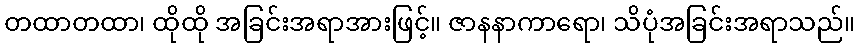
တထာတထာ၊ ထိုထို အခြင်းအရာအားဖြင့်။ ဇာနနာကာရော၊ သိပုံအခြင်းအရာသည်။